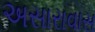
અસારાવાસ